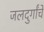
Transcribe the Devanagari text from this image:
जलदुर्गांचे